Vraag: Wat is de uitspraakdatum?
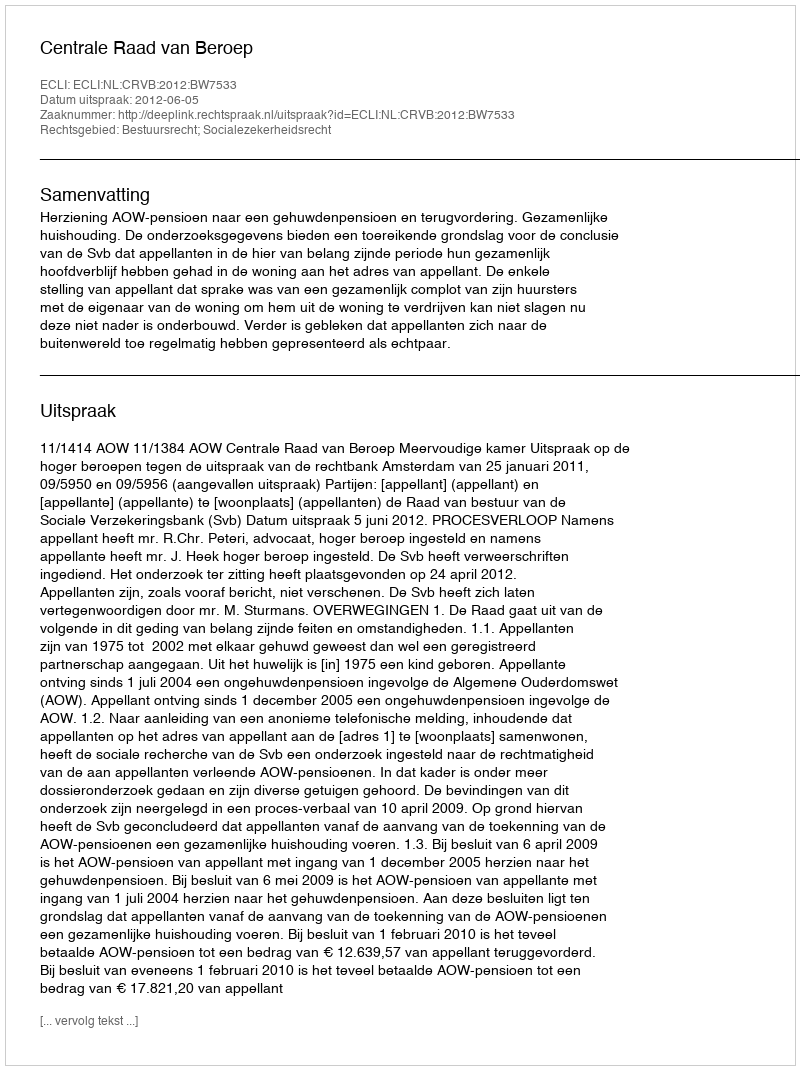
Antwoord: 2012-06-05